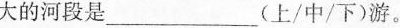
大的河段是____(上/中/下)游。